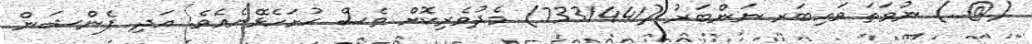
(@..) ނުވަތަ ވައިބަރ ނަންބަރު (7331441) މެދުވެރިކޮށް ވެސް ހުށަހެޅޭނެއެވެ. އަދި ޕެންޝަން